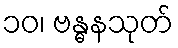
၁၀၊ ဗန္ဓနသုတ်